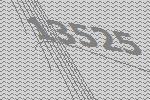
13525